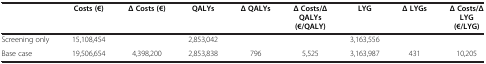
|  | Costs (€) | Δ Costs (€) | QALYs | Δ QALYs | Δ Costs/Δ QALYs (€/QALY) | LYG | Δ LYGs | Δ Costs/Δ LYG (€/LYG) |
 | --- | --- | --- | --- | --- | --- | --- | --- | --- |
 | Screening only | 15,108,454 |  | 2,853,042 |  |  | 3,163,556 |  |  |
 | Base case | 19,506,654 | 4,398,200 | 2,853,838 | 796 | 5,525 | 3,163,987 | 431 | 10,205 |